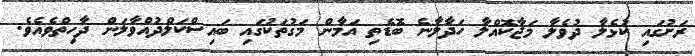
ރަށުގައި ކުޅެލާ ދުވެލާ މަޖާކޮއްލާ ހަދާލާނެ ބޮޑެތި އަމާން މަގުތަކުގައި ބައިސްކަލްދުއްވާލަން ދާހިތްވެއެވެ.